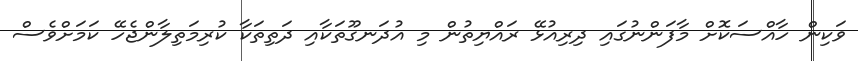
ވަކިން ހާއްސަކޮށް މާފަންނުގައި ދިރިއުޅޭ ރައްޔިތުން މި އުދަނގޫތަކާއި ދަތިތަކާ ކުރިމަތިލާންޖެހޭ ކަމަށްވެސް